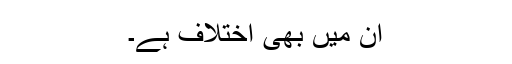
ان میں بھی اختلاف ہے۔